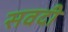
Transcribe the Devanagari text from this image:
सवदी